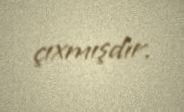
çıxmışdır.